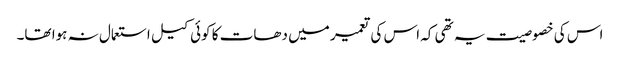
اس کی خصوصیت یہ تھی کہ اس کی تعمیر میں دھات کا کوئی کیل استعمال نہ ہوا تھا۔